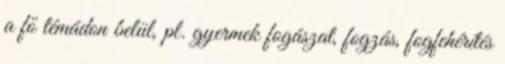
a fő témádon belül, pl. gyermek fogászat, fogzás, fogfehérítés